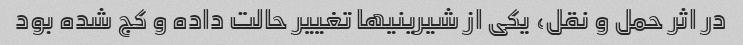
در اثر حمل و نقل، یکی از شیرینیها تغییر حالت داده و کج شده بود